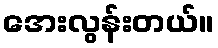
အေးလွန်းတယ်။